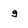
Character: g